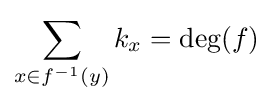
\sum _{x\in f^{-1}(y)}k_{x}=\operatorname {deg} (f)